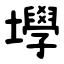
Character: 㙾